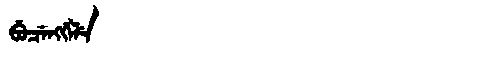
Manchu: ᠪᡠᠴᡝᠩᡤᡝᠯᡝ
Romanization: BUCENGGELE